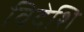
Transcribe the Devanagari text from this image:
विदेशि